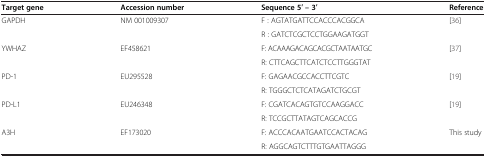
<table><thead><tr><td><b>Target gene</b></td><td><b>Accession number</b></td><td><b>Sequence 5′ – 3′</b></td><td><b>Reference</b></td></tr></thead><tbody><tr><td rowspan="2">GAPDH</td><td rowspan="2">NM 001009307</td><td>F : AGTATGATTCCACCCACGGCA</td><td rowspan="2">[36]</td></tr><tr><td>R : GATCTCGCTCCTGGAAGATGGT</td></tr><tr><td rowspan="2">YWHAZ</td><td rowspan="2">EF458621</td><td>F: ACAAAGACAGCACGCTAATAATGC</td><td rowspan="2">[37]</td></tr><tr><td>R: CTTCAGCTTCATCTCCTTGGGTAT</td></tr><tr><td rowspan="2">PD-1</td><td rowspan="2">EU295528</td><td>F: GAGAACGCCACCTTCGTC</td><td rowspan="2">[19]</td></tr><tr><td>R: TGGGCTCTCATAGATCTGCGT</td></tr><tr><td rowspan="2">PD-L1</td><td rowspan="2">EU246348</td><td>F: CGATCACAGTGTCCAAGGACC</td><td rowspan="2">[19]</td></tr><tr><td>R: TCCGCTTATAGTCAGCACCG</td></tr><tr><td>A3H</td><td>EF173020</td><td>F: ACCCACAATGAATCCACTACAG</td><td>This study</td></tr><tr><td> </td><td> </td><td>R: AGGCAGTCTTTGTGAATTAGGG</td><td> </td></tr></tbody></table>